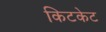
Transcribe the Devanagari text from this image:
किटकेट